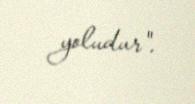
yoludur".